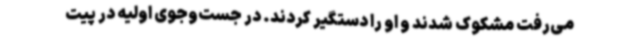
می‌رفت مشکوک ‌شدند و او را دستگیر ‌کردند. در جست‌وجوی اولیه در پیت